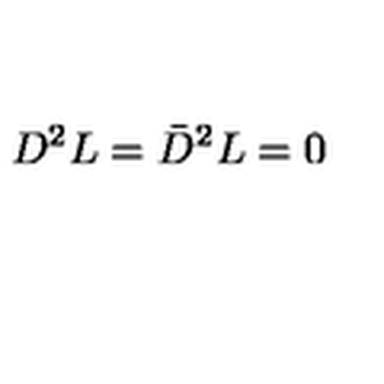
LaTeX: D ^ { 2 } L = \bar { D } ^ { 2 } L = 0